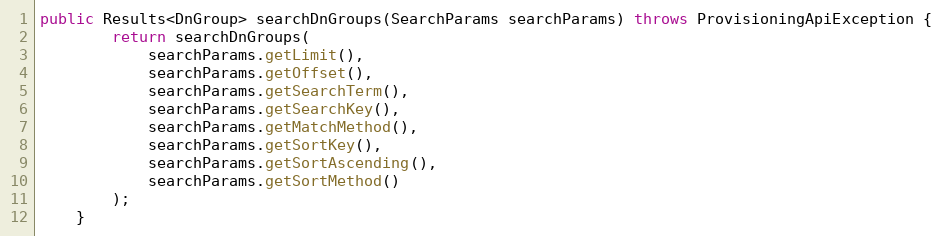
Language: Java
public Results<DnGroup> searchDnGroups(SearchParams searchParams) throws ProvisioningApiException {
		return searchDnGroups(
			searchParams.getLimit(),
			searchParams.getOffset(),
			searchParams.getSearchTerm(),
			searchParams.getSearchKey(),
			searchParams.getMatchMethod(),
			searchParams.getSortKey(),
			searchParams.getSortAscending(),
			searchParams.getSortMethod()
		);
	}